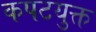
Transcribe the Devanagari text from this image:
कपटयुक्त